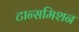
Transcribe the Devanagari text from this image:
टान्समिशन